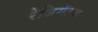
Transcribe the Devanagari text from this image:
रेजिमेंटच